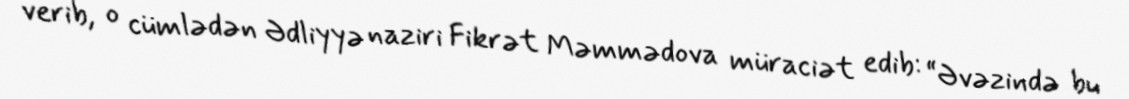
verib, o cümlədən Ədliyyə naziri Fikrət Məmmədova müraciət edib: “Əvəzində bu